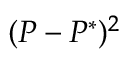
( P - P ^ { * } ) ^ { 2 }